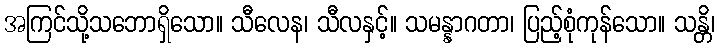
အကြင်သို့သဘောရှိသော။ သီလေန၊ သီလနှင့်။ သမန္နာဂတာ၊ ပြည့်စုံကုန်သော။ သန္တိ၊